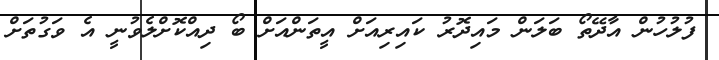
ފުލުހުން އާދޭތޯ ބަލަން މައިދޮރު ކައިރިއަށް އީތަންއަށް ބޯ ދިއްކޮށްލެވުނީ އެ ވަގުތަށް